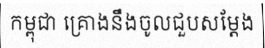
កម្ពុជា គ្រោងនឹងចូលជួបសម្តែង